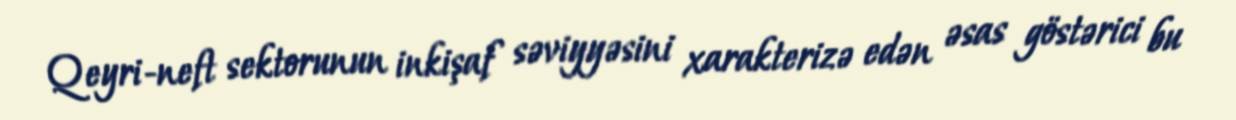
Qeyri-neft sektorunun inkişaf səviyyəsini xarakterizə edən əsas göstərici bu